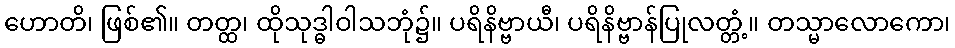
ဟောတိ၊ ဖြစ်၏။ တတ္ထ၊ ထိုသုဒ္ဓါဝါသဘုံ၌။ ပရိနိဗ္ဗာယီ၊ ပရိနိဗ္ဗာန်ပြုလတ္တံ့။ တသ္မာလောကော၊